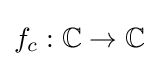
f_{c}:\mathbb {C} \to \mathbb {C}